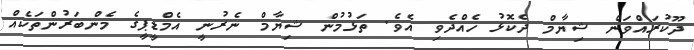
ދޫކުރައްވަން ޝިޔާމް ދެކޮޅު ހެއްދެވި އެވެ. ތަޅުމުން ޝިޔާމް ނެރުނީ އެމްޑީޕީގެ މެންބަރުންތަކެއް